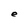
Character: e